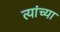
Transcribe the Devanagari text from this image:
त्यांच्या